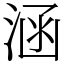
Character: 涵